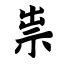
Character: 祟